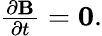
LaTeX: \begin{array}{r}{\frac{\partial\mathbf{B}}{\partial t}=\mathbf{0}.}\end{array}